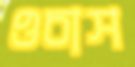
ওচাস